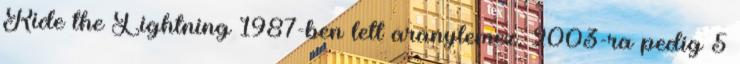
Ride the Lightning 1987-ben lett aranylemez, 2003-ra pedig 5